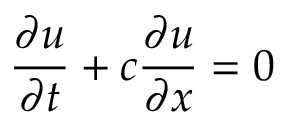
\frac { \partial u } { \partial t } + c \frac { \partial u } { \partial x } = 0